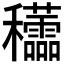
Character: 𥤜